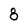
Character: 8